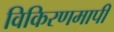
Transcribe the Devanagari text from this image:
विकिरणमापी